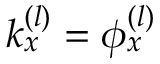
k _ { x } ^ { \left( l \right) } = \phi _ { x } ^ { \left( l \right) }